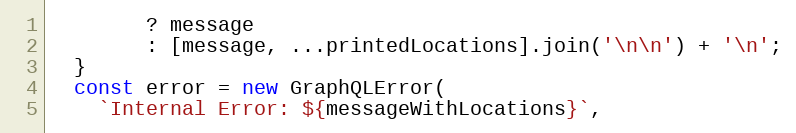
Language: JavaScript
        ? message
        : [message, ...printedLocations].join('\n\n') + '\n';
  }
  const error = new GraphQLError(
    `Internal Error: ${messageWithLocations}`,